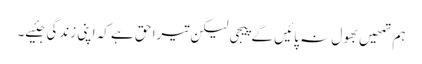
ہم تمھیں بھول نہ پائیں گے پیجی لیکن تیرا حق ہے کہ اپنی زندگی جئیے۔